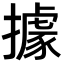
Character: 據